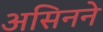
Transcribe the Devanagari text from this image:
असिनने